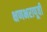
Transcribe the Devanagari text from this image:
क्षणभरापूर्वी